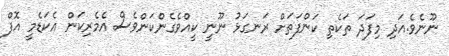
ނޫނެވެ.އަދި މިފަދަ ތަކެތި ކަންފަތަށް ރަނގަޅު ނޫނީ ކީއްވެގެންކަންވެސް އެމެރިކަން އެކަޑެމީ އޮފް